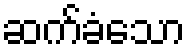
ဆက်ခံသော